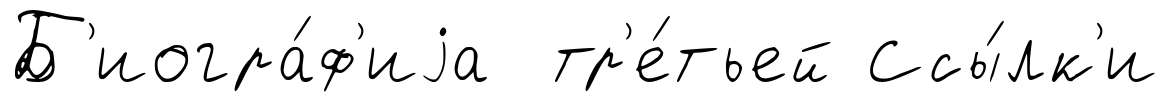
Б'иогра́ф'иjа тр'е́тьей Ссы́лк'и